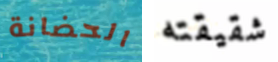
الحضانة شقيقته